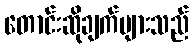
တောင်းဆိုချက်များသည်